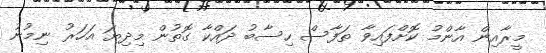
މީރާއިން އާންމު ކޮށްފައިވާ ތަފާސް ހިސާބު ދައްކާ ގޮތުން މިދިޔަ އަހަރު ނިމުނު